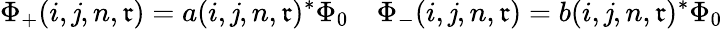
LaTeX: \Phi_{+}(i,\mathit{j},n,\mathfrak{r})=a(i,\mathit{j},n,\mathfrak{r})^{*}\Phi_{0}\quad\Phi_{-}(i,\mathit{j},n,\mathfrak{r})=b(i,\mathit{j},n,\mathfrak{r})^{*}\Phi_{0}